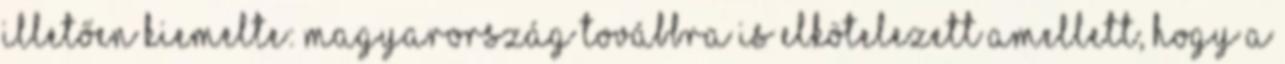
illetően kiemelte: Magyarország továbbra is elkötelezett amellett, hogy a